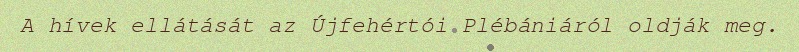
A hívek ellátását az Újfehértói Plébániáról oldják meg.